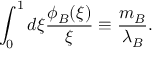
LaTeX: \int _ { 0 } ^ { 1 } d \xi \frac { \phi _ { B } ( \xi ) } { \xi } \equiv \frac { m _ { B } } { \lambda _ { B } } .